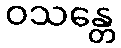
ဝသန္တေ